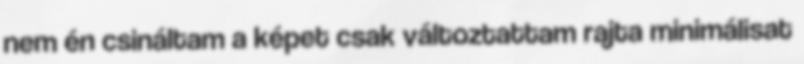
nem én csináltam a képet csak változtattam rajta minimálisat